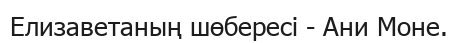
Елизаветаның шөбересі - Ани Моне.